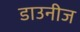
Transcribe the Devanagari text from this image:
डाउनीज